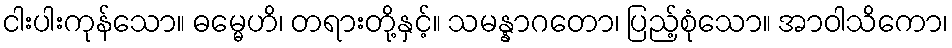
ငါးပါးကုန်သော။ ဓမ္မေဟိ၊ တရားတို့နှင့်။ သမန္နာဂတော၊ ပြည့်စုံသော။ အာဝါသိကော၊